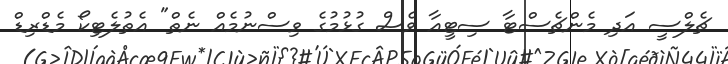
ޗެލްސީ އަދި މެންޗެސްޓާ ސިޓީއާ ވެސް ގުޅުމުގެ ވިސްނުމެއް ނެތް" އެތުލެޓިކޯ މެޑްރިޑް